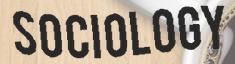
SOCIOLOGY